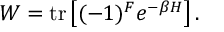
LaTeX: W = \mathrm { t r } \left[ ( - 1 ) ^ { F } e ^ { - \beta H } \right] .